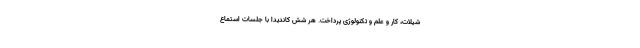
شیلات، کار و علم و تکنولوژی پرداخت. هر شش کاندیدا با جلسات استماع